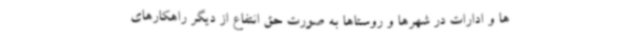
ها و ادارات در شهرها و روستاها به صورت حق انتفاع از دیگر راهکارهای